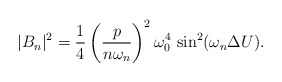
\begin{align*}|B_n|^2 = {1 \over 4} \left({p \over n \omega_n}\right)^2 \omega_0^4 \,\sin^2(\omega_n \Delta U).\end{align*}